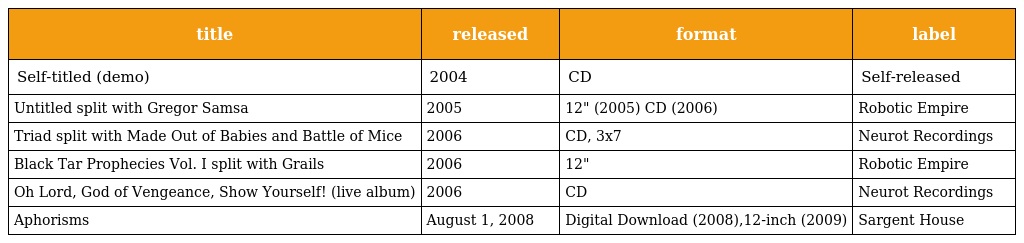
| title | released | format | label |
 | --- | --- | --- | --- |
 | Self-titled (demo) | 2004 | CD | Self-released |
 | Untitled split with Gregor Samsa | 2005 | 12" (2005) CD (2006) | Robotic Empire |
 | Triad split with Made Out of Babies and Battle of Mice | 2006 | CD, 3x7 | Neurot Recordings |
 | Black Tar Prophecies Vol. I split with Grails | 2006 | 12" | Robotic Empire |
 | Oh Lord, God of Vengeance, Show Yourself! (live album) | 2006 | CD | Neurot Recordings |
 | Aphorisms | August 1, 2008 | Digital Download (2008),12-inch (2009) | Sargent House |